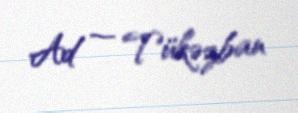
Ad — Tükəzban